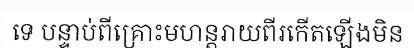
ទេ បន្ទាប់ពីគ្រោះមហន្តរាយពីរកើតឡើងមិន